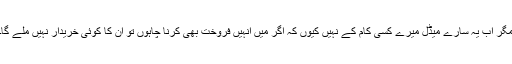
مگر اب یہ سارے میڈل میرے کسی کام کے نہیں کیوں کہ اگر میں انہیں فروخت بھی کرنا چاہوں تو ان کا کوئی خریدار نہیں ملے گا۔